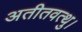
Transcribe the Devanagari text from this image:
अतीतवत्थु।